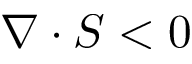
\nabla \cdot S < 0